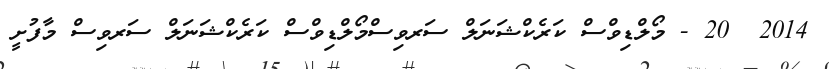
2014  20 - މޯލްޑިވްސް ކަރެކްޝަނަލް ސަރވިސްމޯލްޑިވްސް ކަރެކްޝަނަލް ސަރވިސް މާފުށީ